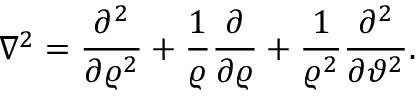
\nabla ^ { 2 } = \frac { \partial ^ { 2 } } { \partial \varrho ^ { 2 } } + \frac { 1 } { \varrho } \frac { \partial } { \partial \varrho } + \frac { 1 } { \varrho ^ { 2 } } \frac { \partial ^ { 2 } } { \partial \vartheta ^ { 2 } } .